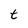
Character: t